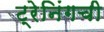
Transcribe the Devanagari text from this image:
ट्रेनिंगची